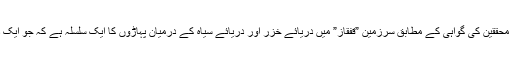
ویسے بھی وہ لوہے اور تانبے سے بنی ہوئی نہیں ہے جبکہ علماء و محققین کی گواہی کے مطابق سرزمین ”قفقاز” میں دریائے خزر اور دریائے سیاہ کے درمیان پہاڑوں کا ایک سلسلہ ہے کہ جو ایک دیوار کی طرح شمال اور جنوب کو ایک دوسرے سے الگ کرتا ہے۔